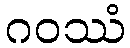
ဂဝဿံ